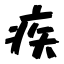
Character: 疾